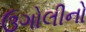
ઉગોલીનો